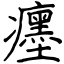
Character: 癦